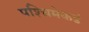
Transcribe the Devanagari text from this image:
पश्‍चिमेकडं